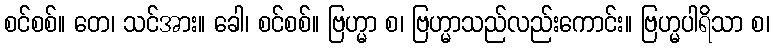
စင်စစ်။ တေ၊ သင်အား။ ခေါ၊ စင်စစ်။ ဗြဟ္မာ စ၊ ဗြဟ္မာသည်လည်းကောင်း။ ဗြဟ္မပါရိသာ စ၊